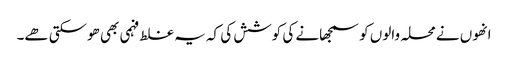
انھوں نے محلہ والوں کو سمجھانے کی کوشش کی کہ یہ غلط فہمی بھی ھوسکتی ھے۔